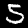
Digit: 5